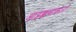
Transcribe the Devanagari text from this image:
आट्टक्कथाकारों